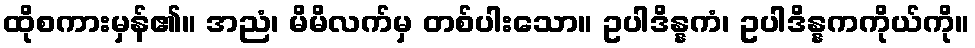
ထိုစကားမှန်၏။ အညံ၊ မိမိလက်မှ တစ်ပါးသော။ ဥပါဒိန္နကံ၊ ဥပါဒိန္နကကိုယ်ကို။